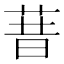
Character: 𰱏